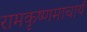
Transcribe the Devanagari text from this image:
रामकृष्णमाचार्य